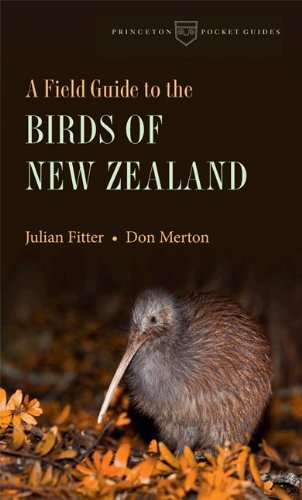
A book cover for A Field Guide to the Birds of New Zealand (Princeton Pocket Guides); Julian Fitter; Travel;